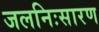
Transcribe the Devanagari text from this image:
जलनिःसारण